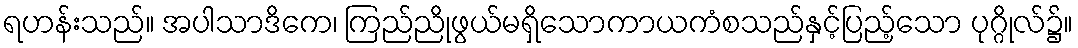
ရဟန်းသည်။ အပါသာဒိကေ၊ ကြည်ညိုဖွယ်မရှိသောကာယကံစသည်နှင့်ပြည့်သော ပုဂ္ဂိုလ်၌။